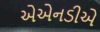
એએનડીએ